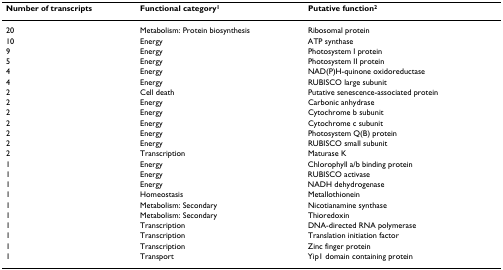
| Number of transcripts | Functional category1 | Putative function2 |
 | --- | --- | --- |
 | 20 | Metabolism: Protein biosynthesis | Ribosomal protein |
 | 10 | Energy | ATP synthase |
 | 9 | Energy | Photosystem I protein |
 | 5 | Energy | Photosystem II protein |
 | 4 | Energy | NAD(P)H-quinone oxidoreductase |
 | 4 | Energy | RUBISCO large subunit |
 | 2 | Cell death | Putative senescence-associated protein |
 | 2 | Energy | Carbonic anhydrase |
 | 2 | Energy | Cytochrome b subunit |
 | 2 | Energy | Cytochrome c subunit |
 | 2 | Energy | Photosystem Q(B) protein |
 | 2 | Energy | RUBISCO small subunit |
 | 2 | Transcription | Maturase K |
 | 1 | Energy | Chlorophyll a/b binding protein |
 | 1 | Energy | RUBISCO activase |
 | 1 | Energy | NADH dehydrogenase |
 | 1 | Homeostasis | Metallothionein |
 | 1 | Metabolism: Secondary | Nicotianamine synthase |
 | 1 | Metabolism: Secondary | Thioredoxin |
 | 1 | Transcription | DNA-directed RNA polymerase |
 | 1 | Transcription | Translation initiation factor |
 | 1 | Transcription | Zinc finger protein |
 | 1 | Transport | Yip1 domain containing protein |